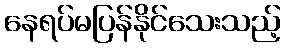
နေရပ်မပြန်နိုင်သေးသည့်